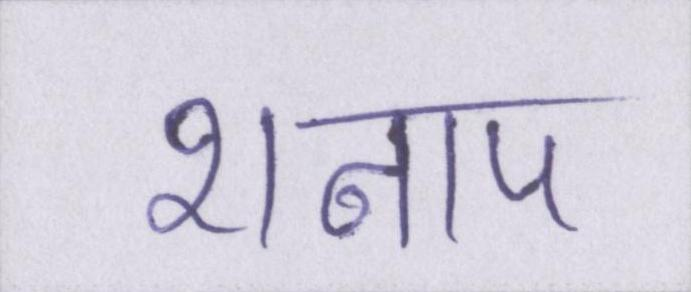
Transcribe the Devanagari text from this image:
शनाप